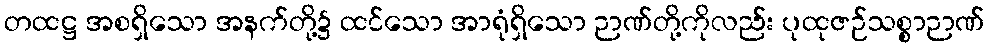
တထဋ္ဌ အစရှိသော အနက်တို့၌ ထင်သော အာရုံရှိသော ဉာဏ်တို့ကိုလည်း ပုထုဇဉ်သစ္စာဉာဏ်